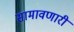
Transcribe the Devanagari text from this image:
सामावणारी